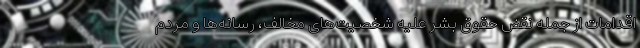
اقدامات از جمله نقض حقوق بشر علیه شخصیت‌های مخالف، رسانه‌ها و مردم